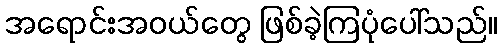
အရောင်းအဝယ်တွေ ဖြစ်ခဲ့ကြပုံပေါ်သည်။